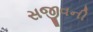
સજીવની